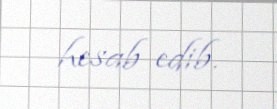
hesab edib.